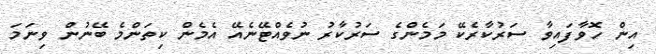
އިން ހޮވާފައިވާ ސަރުކާރެކޭ މަމެންގެ ސަރުކާރު ނުވެއްޓޭނެއޭ އެމެން ކިތަންމެ ބޭނުން ވިނަމަ